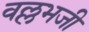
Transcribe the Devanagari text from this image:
वल्लभजी